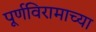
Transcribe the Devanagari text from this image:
पूर्णविरामाच्या